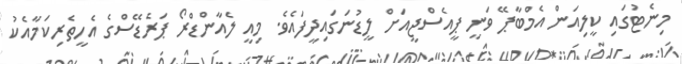
މިނެޓުގައި ކީލިއަން އެމްބާޕޭ ވަނީ ޕީއެސްޖީއަށް ލީޑުނަގައިދީފައެވެ. މިއީ ލެއާންޑްރޯ ޕަރެޑޭސްގެ އެހީތެރިކަމާއެކު